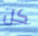
كل